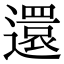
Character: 還